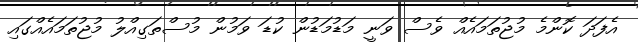
އެފަދަ ކޮންމެ މުޖުތަމައެއް ވެސް ވަނީ މަޑުމަޑުން ކުޑަ ވަމުން މުސްތަގިއްލު މުޖުތަމައެއްގައި